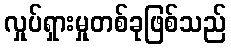
လှုပ်ရှားမှုတစ်ခုဖြစ်သည်